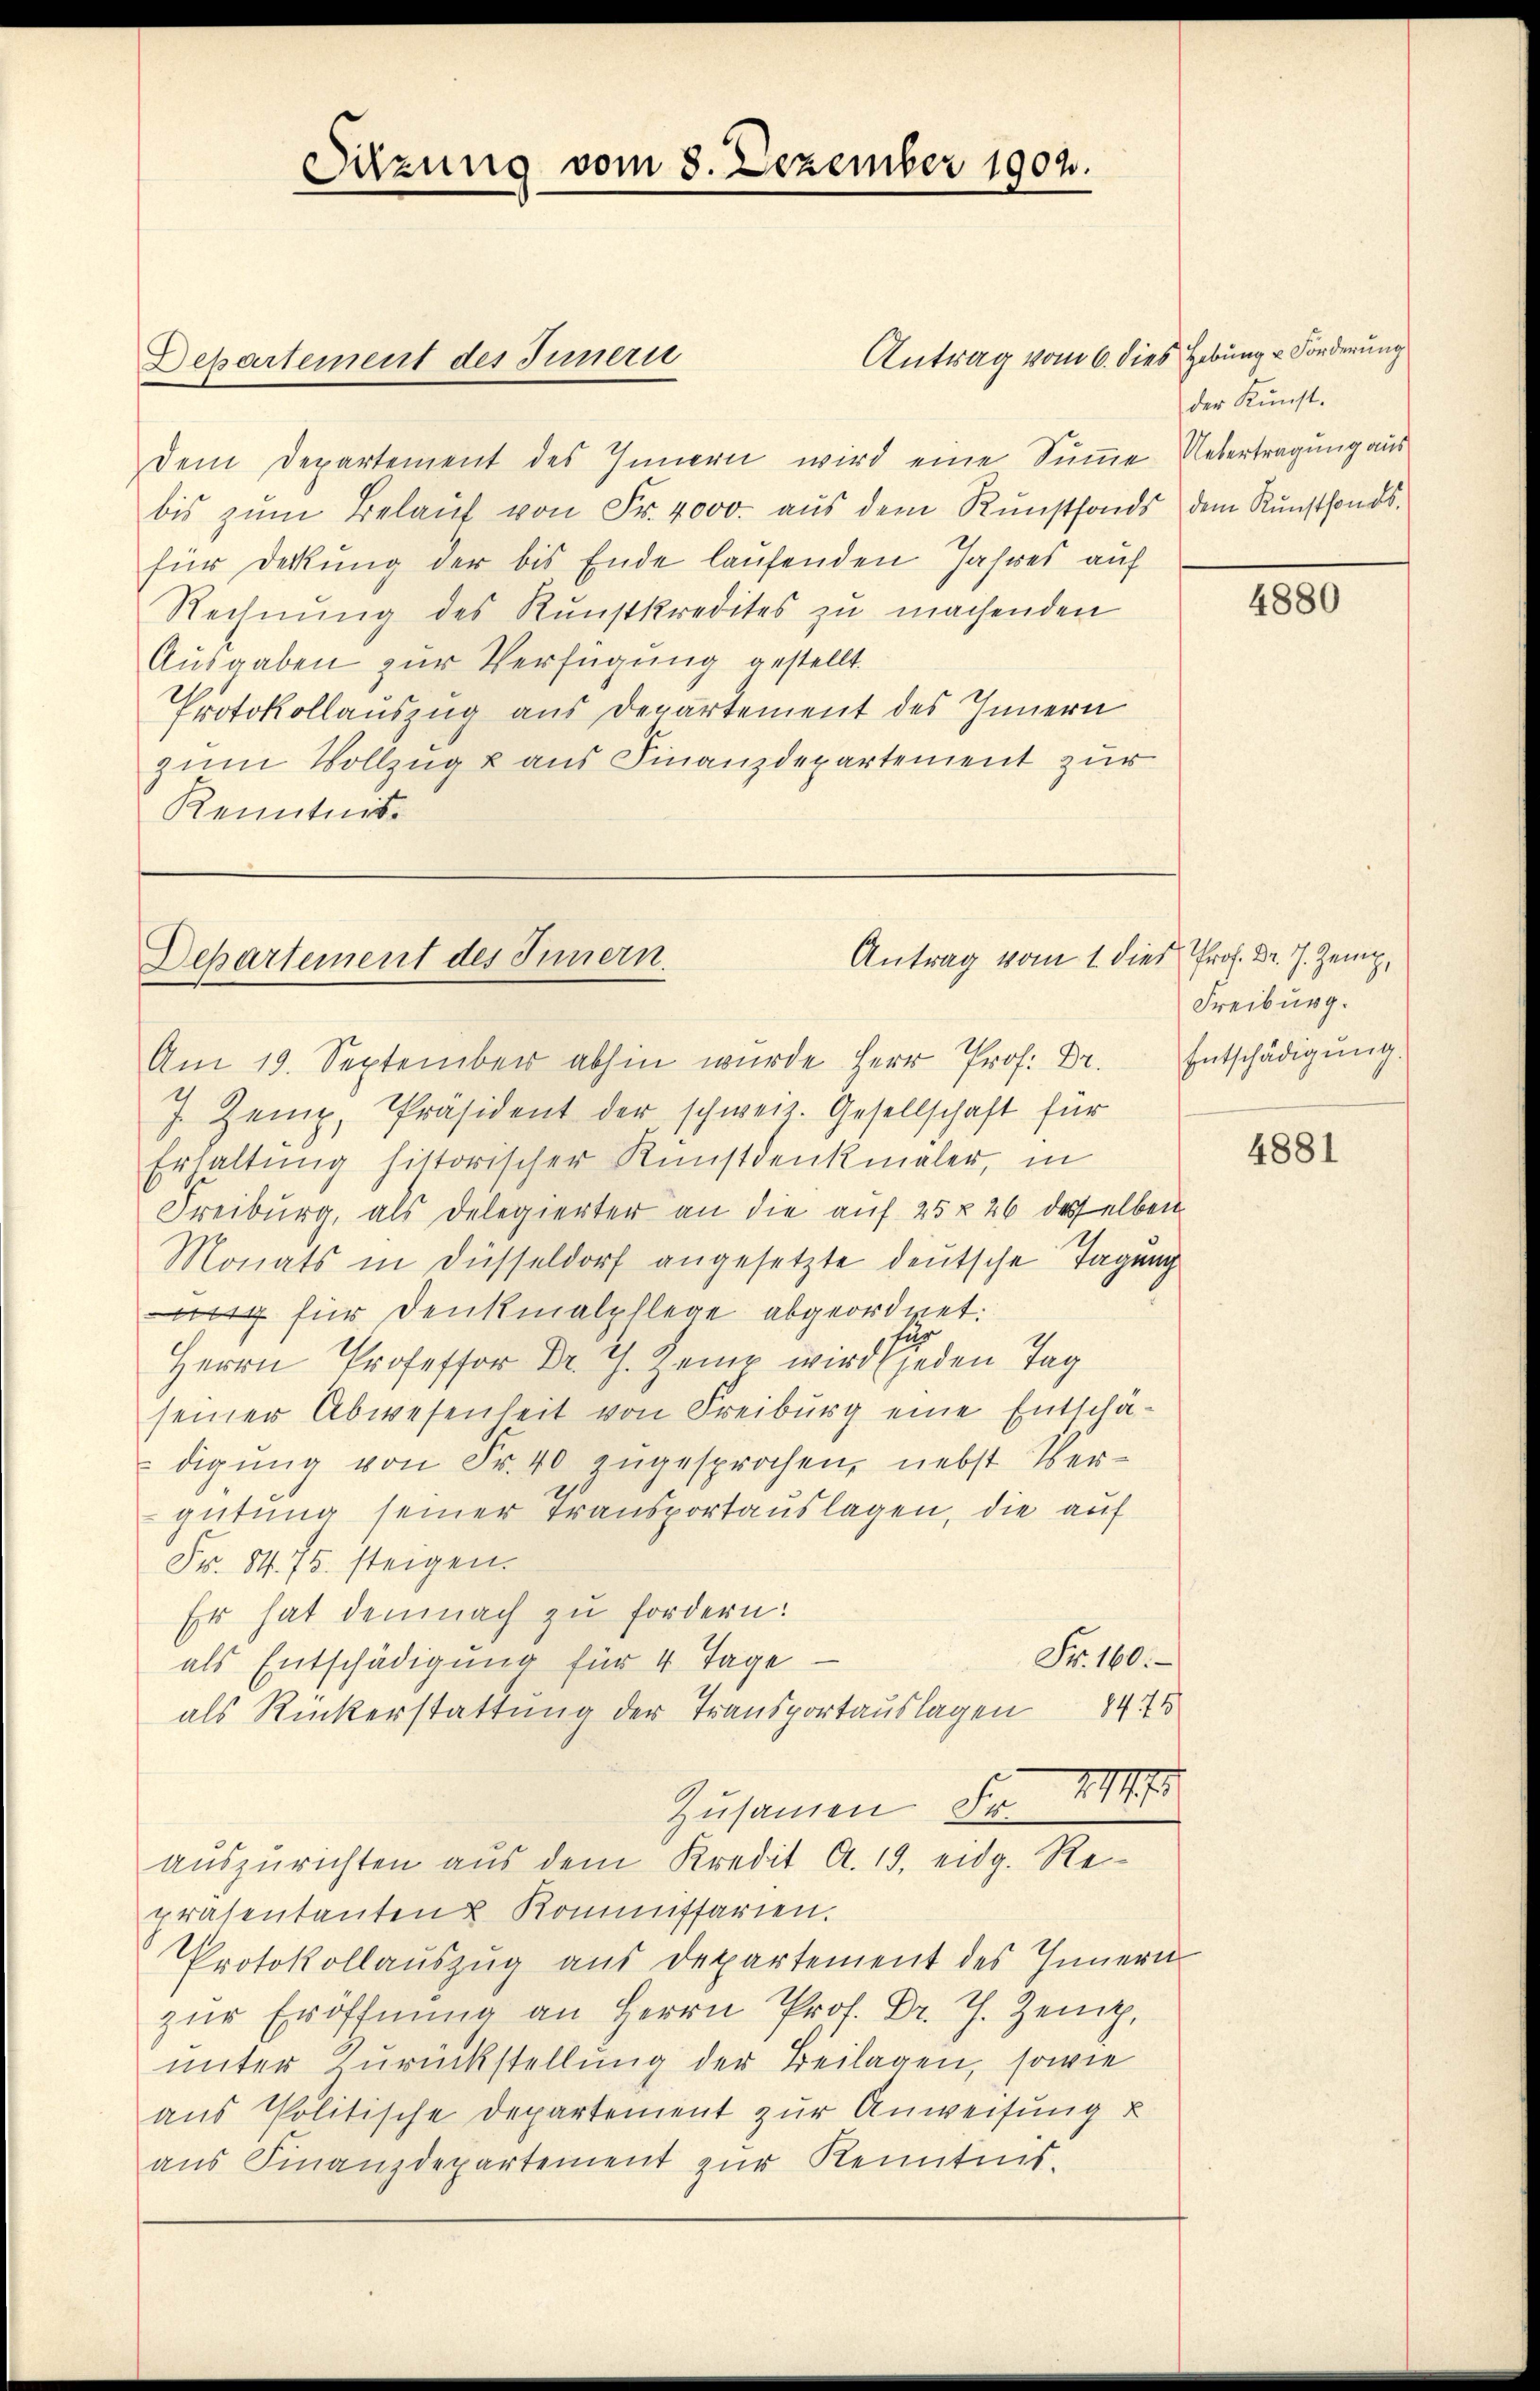
Antrag vom 6. dies Hebung u. Forderung
dem Departement des Innern wird eine Summe
bis zum Belauf von Fr. 4000. aus dem Kunstfonds dem Kunstfondsfür Deckung der bis Ende laufenden Jahres auf
Rechnung des Kunstkredites zu machenden
Ausgaben zur Verfügung gestellt.
Protokollauszug aus Departement des Innern
zum Vollzug u aus Finanzdepartement zur
Kenntnis

Am 19. September abhin wurde Herr Prof. Dr. Entschädigŭng.
J. Zemp, Präsident der schweiz. Gesellschaft für
Erhaltung historischer Kunstdenkmäler, in
Freiburg, als Delegierter an die auf 25 § 26 desselben
Monats in Düsseldorf angesetzte deutsche Tagung
444 für denkmalpflege abgeordnet.
für
j Tag
seiner Abwesenheit von Freiburg eine Entschädigŭng von Fr. 40 zŭgesprochen, nebst Ver-
gütung seiner Transportauslagen, die auf
Fr. 54. 75. steigen.
Er hat demnach zu fordern:
Fr. 100.
als Entschädigung für 4 Tage
als Ruckerstattung der Transportauslagen 8475
Zusammen Fr. VIII
auszurichten aus dem Kredit A. 19. eidg. Repräsentanten u Kommissarien.
Protokollauszug aus Departement des Innern
zŭr Eröffnŭng an Herrn Pr. ..
unter Zurückstellung der Beilagen, sowie
aus Politische Departement zur Anweisung u
aus Finanzdepartement zur Kenntnis.

Sitzung vom 8. Dezember 1902.

Departement des Innern

Antrag vom 1. dies Prof. Dr. J. Zeig,
Departement des Innern.

der Kunst.
Untertragung aus

4880

Freiburg.

4881